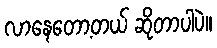
လာနေတော့တယ် ဆိုတာပါပဲ။